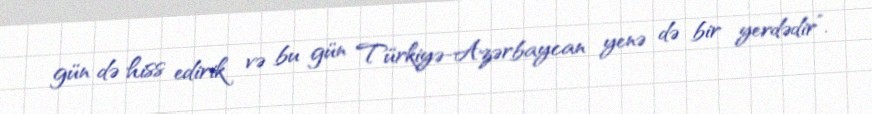
gün də hiss edirik və bu gün Türkiyə-Azərbaycan yenə də bir yerdədir”.